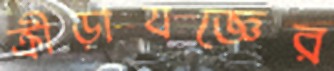
ক্রীড়াযজ্ঞের